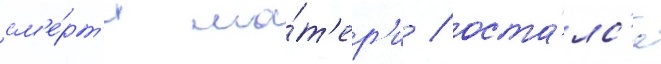
см'е́рт'и ма́т'ер'и / оста́лс'я